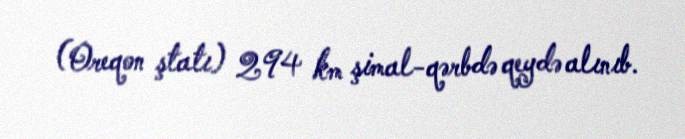
(Oreqon ştatı) 294 km şimal-qərbdə qeydə alınıb.